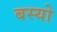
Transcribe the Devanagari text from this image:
बस्‍यो